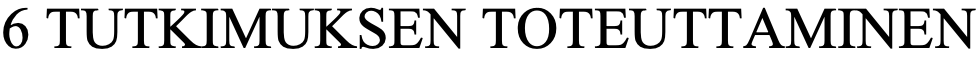
6 TUTKIMUKSEN   TOTEUTTAMINEN